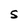
Character: S